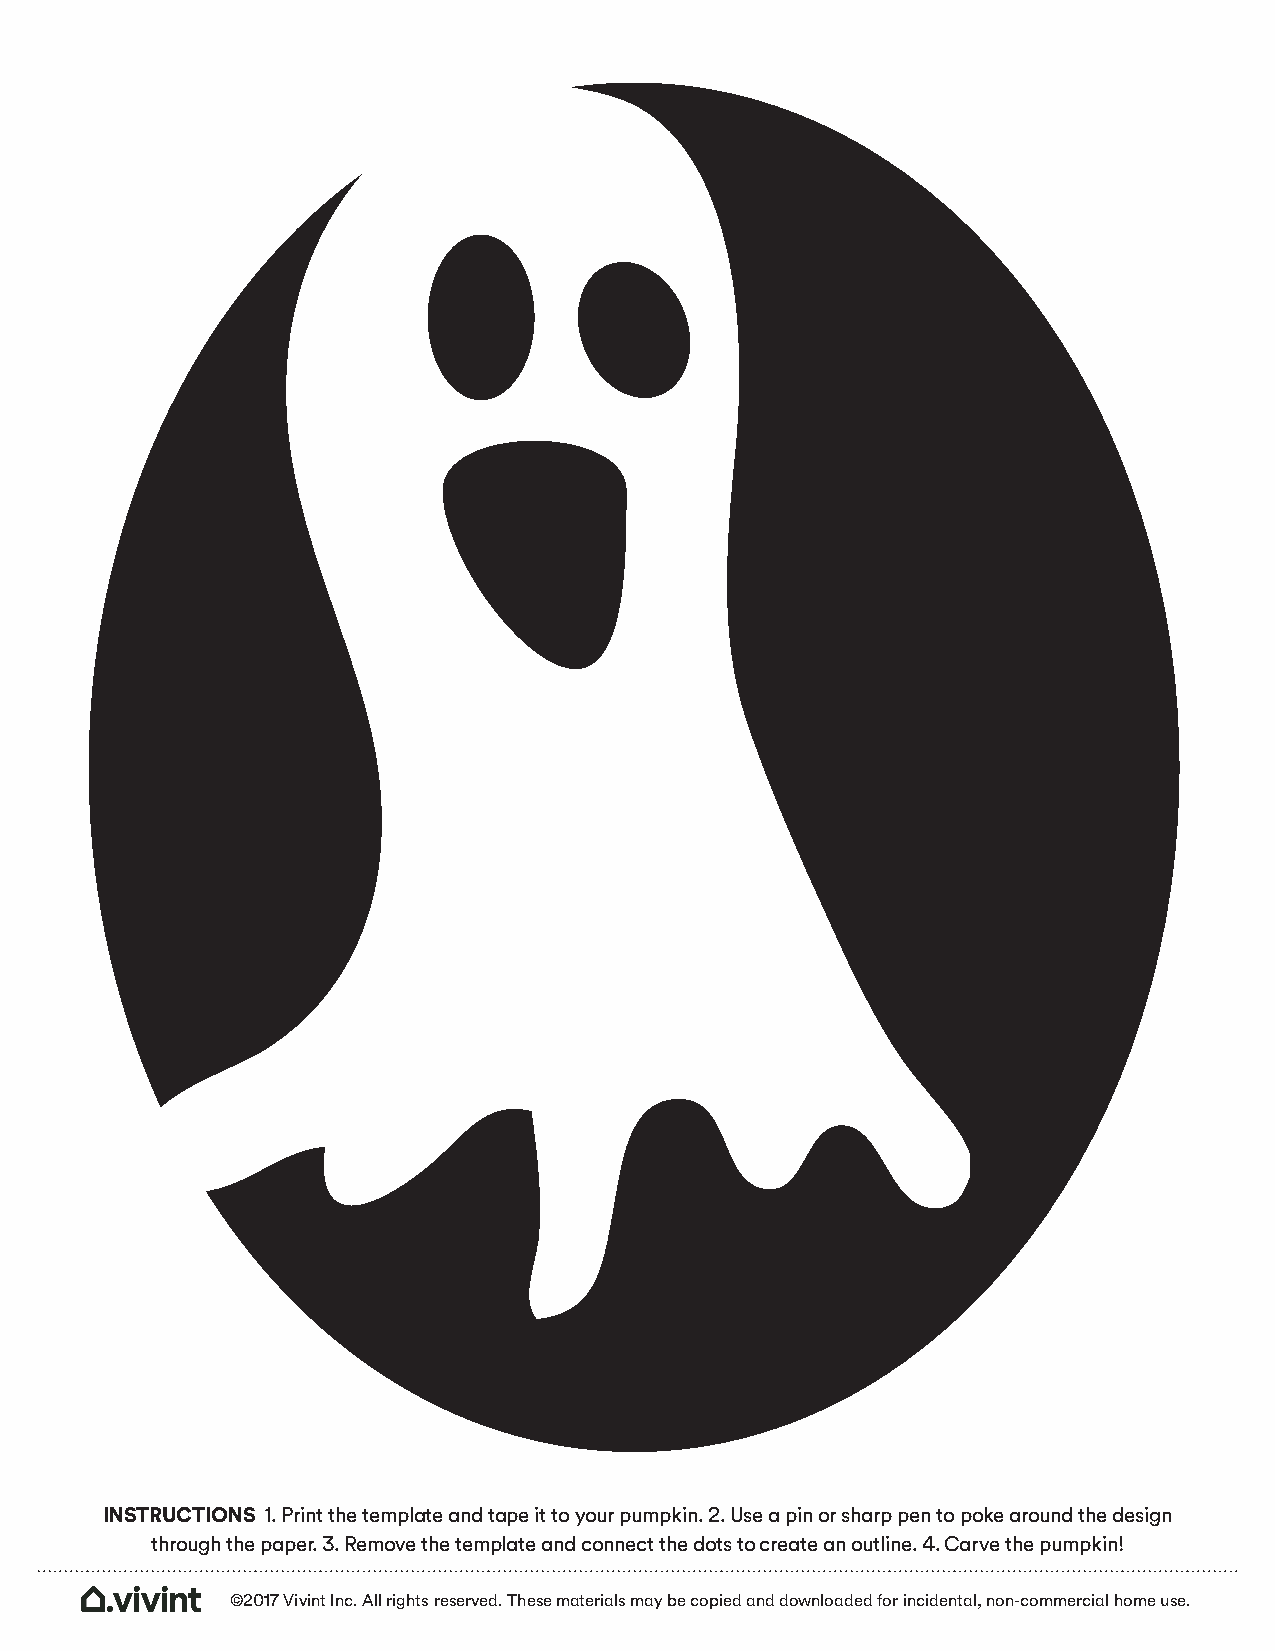
INSTRUCTIONS 1. Print the template and tape it to your pumpkin. 2. Use a pin or sharp pen to poke around the design
 through the paper. 3. Remove the template and connect the dots to create an outline. 4. Carve the pumpkin!
 ©2017 Vivint Inc. All rights reserved. These materials may be copied and downloaded for incidental, non-commercial home use.